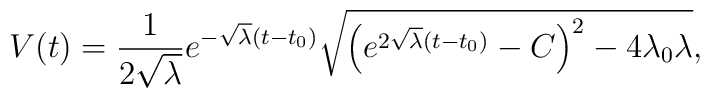
V(t) = \frac1{2\sqrt{\lambda}} e^{-\sqrt{\lambda}(t-t_0)} \sqrt{\left( e^{2\sqrt{\lambda}(t-t_0)} - C \right)^2 - 4 \lambda_0\lambda},